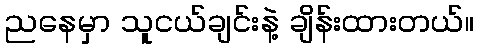
ညနေမှာ သူငယ်ချင်းနဲ့ ချိန်းထားတယ်။